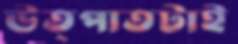
উত্পাতটাই